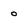
Character: 0